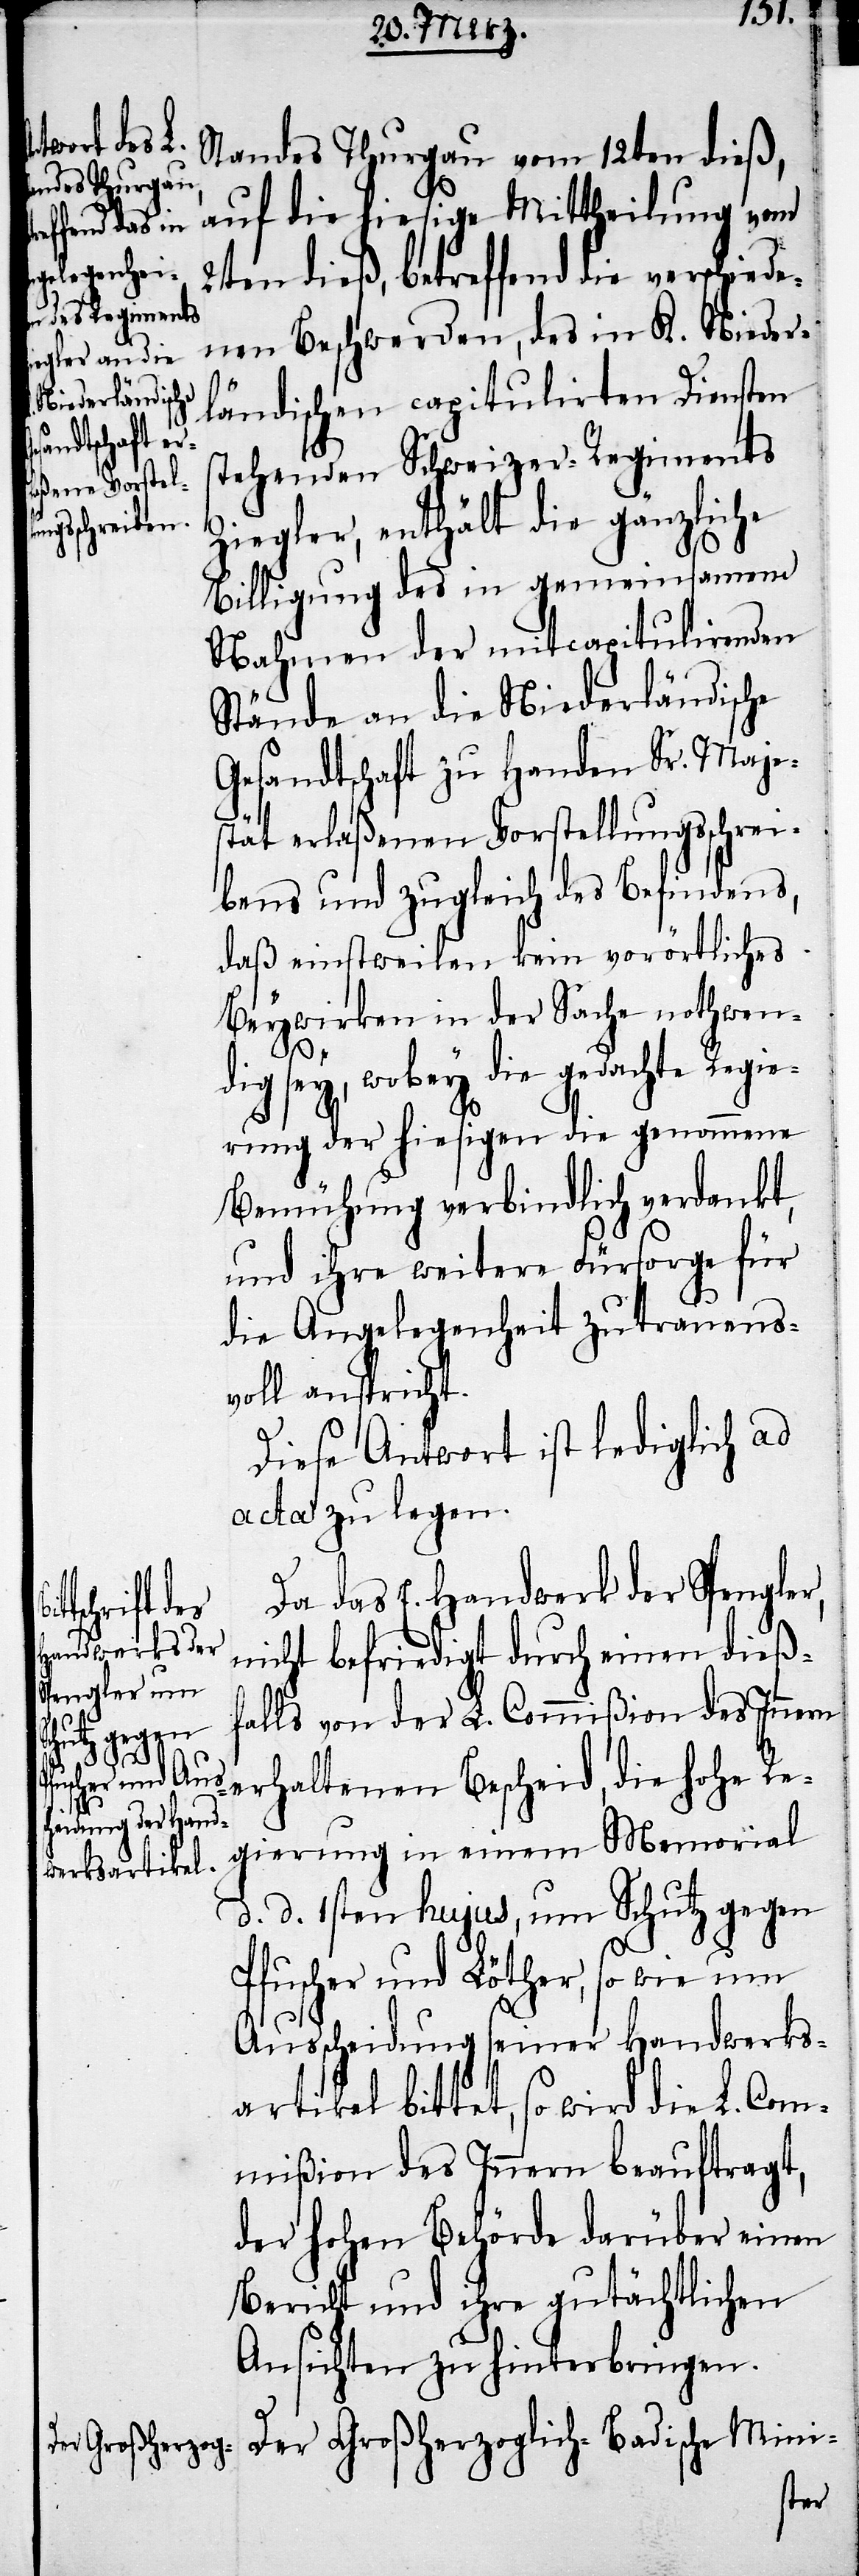
Standes Thurgau vom 12ten dieß,
auf die hiesige Mittheilung vom
2ten dieß, betreffend die verschiede¬
nen Beschwerden, des in K. Nieder¬
ländischen capitulirten Diensten
stehenden Schweizer-Regiments
Ziegler, enthält die gänzliche
Billigung des in gemeinsamen
Nahmen der mitcapitulirenden
Stände an die Niederländische
Gesandtschaft zu Handen Sr. Maje¬
stät erlaßenen Vorstellungsschrei¬
bens und zugleich des Befindens,
daß einstweilen kein vorörtliches
Beywirken in der Sache nothwen¬
dig sey, wobey die gedachte Regie¬
rung der hiesigen die genommene
Bemühung verbindlich verdankt,
und ihre weitere Fürsorge für
die Angelegenheit zutrauens¬
voll anspricht.
Diese Antwort ist lediglich ad
acta zu legen.
Da das E. Handwerk der Spengler,
nicht befriedigt durch einen dieß¬
falls von der L. Commißion des Innern
erhaltenen Bescheid, die hohe Re¬
gierung in einem Memorial
d. d. 1sten hujus, um Schutz gegen
Pfuscher und Löther, so wie um
Ausscheidung seiner Handwerks¬
artikel bittet, so wird die L. Com¬
mißion des Innern beauftragt,
der hohen Behörde darüber einen
Bericht und ihre gutächtlichen
Ansichten zu hinterbringen.
Der Großherzoglich-Badische Mini-